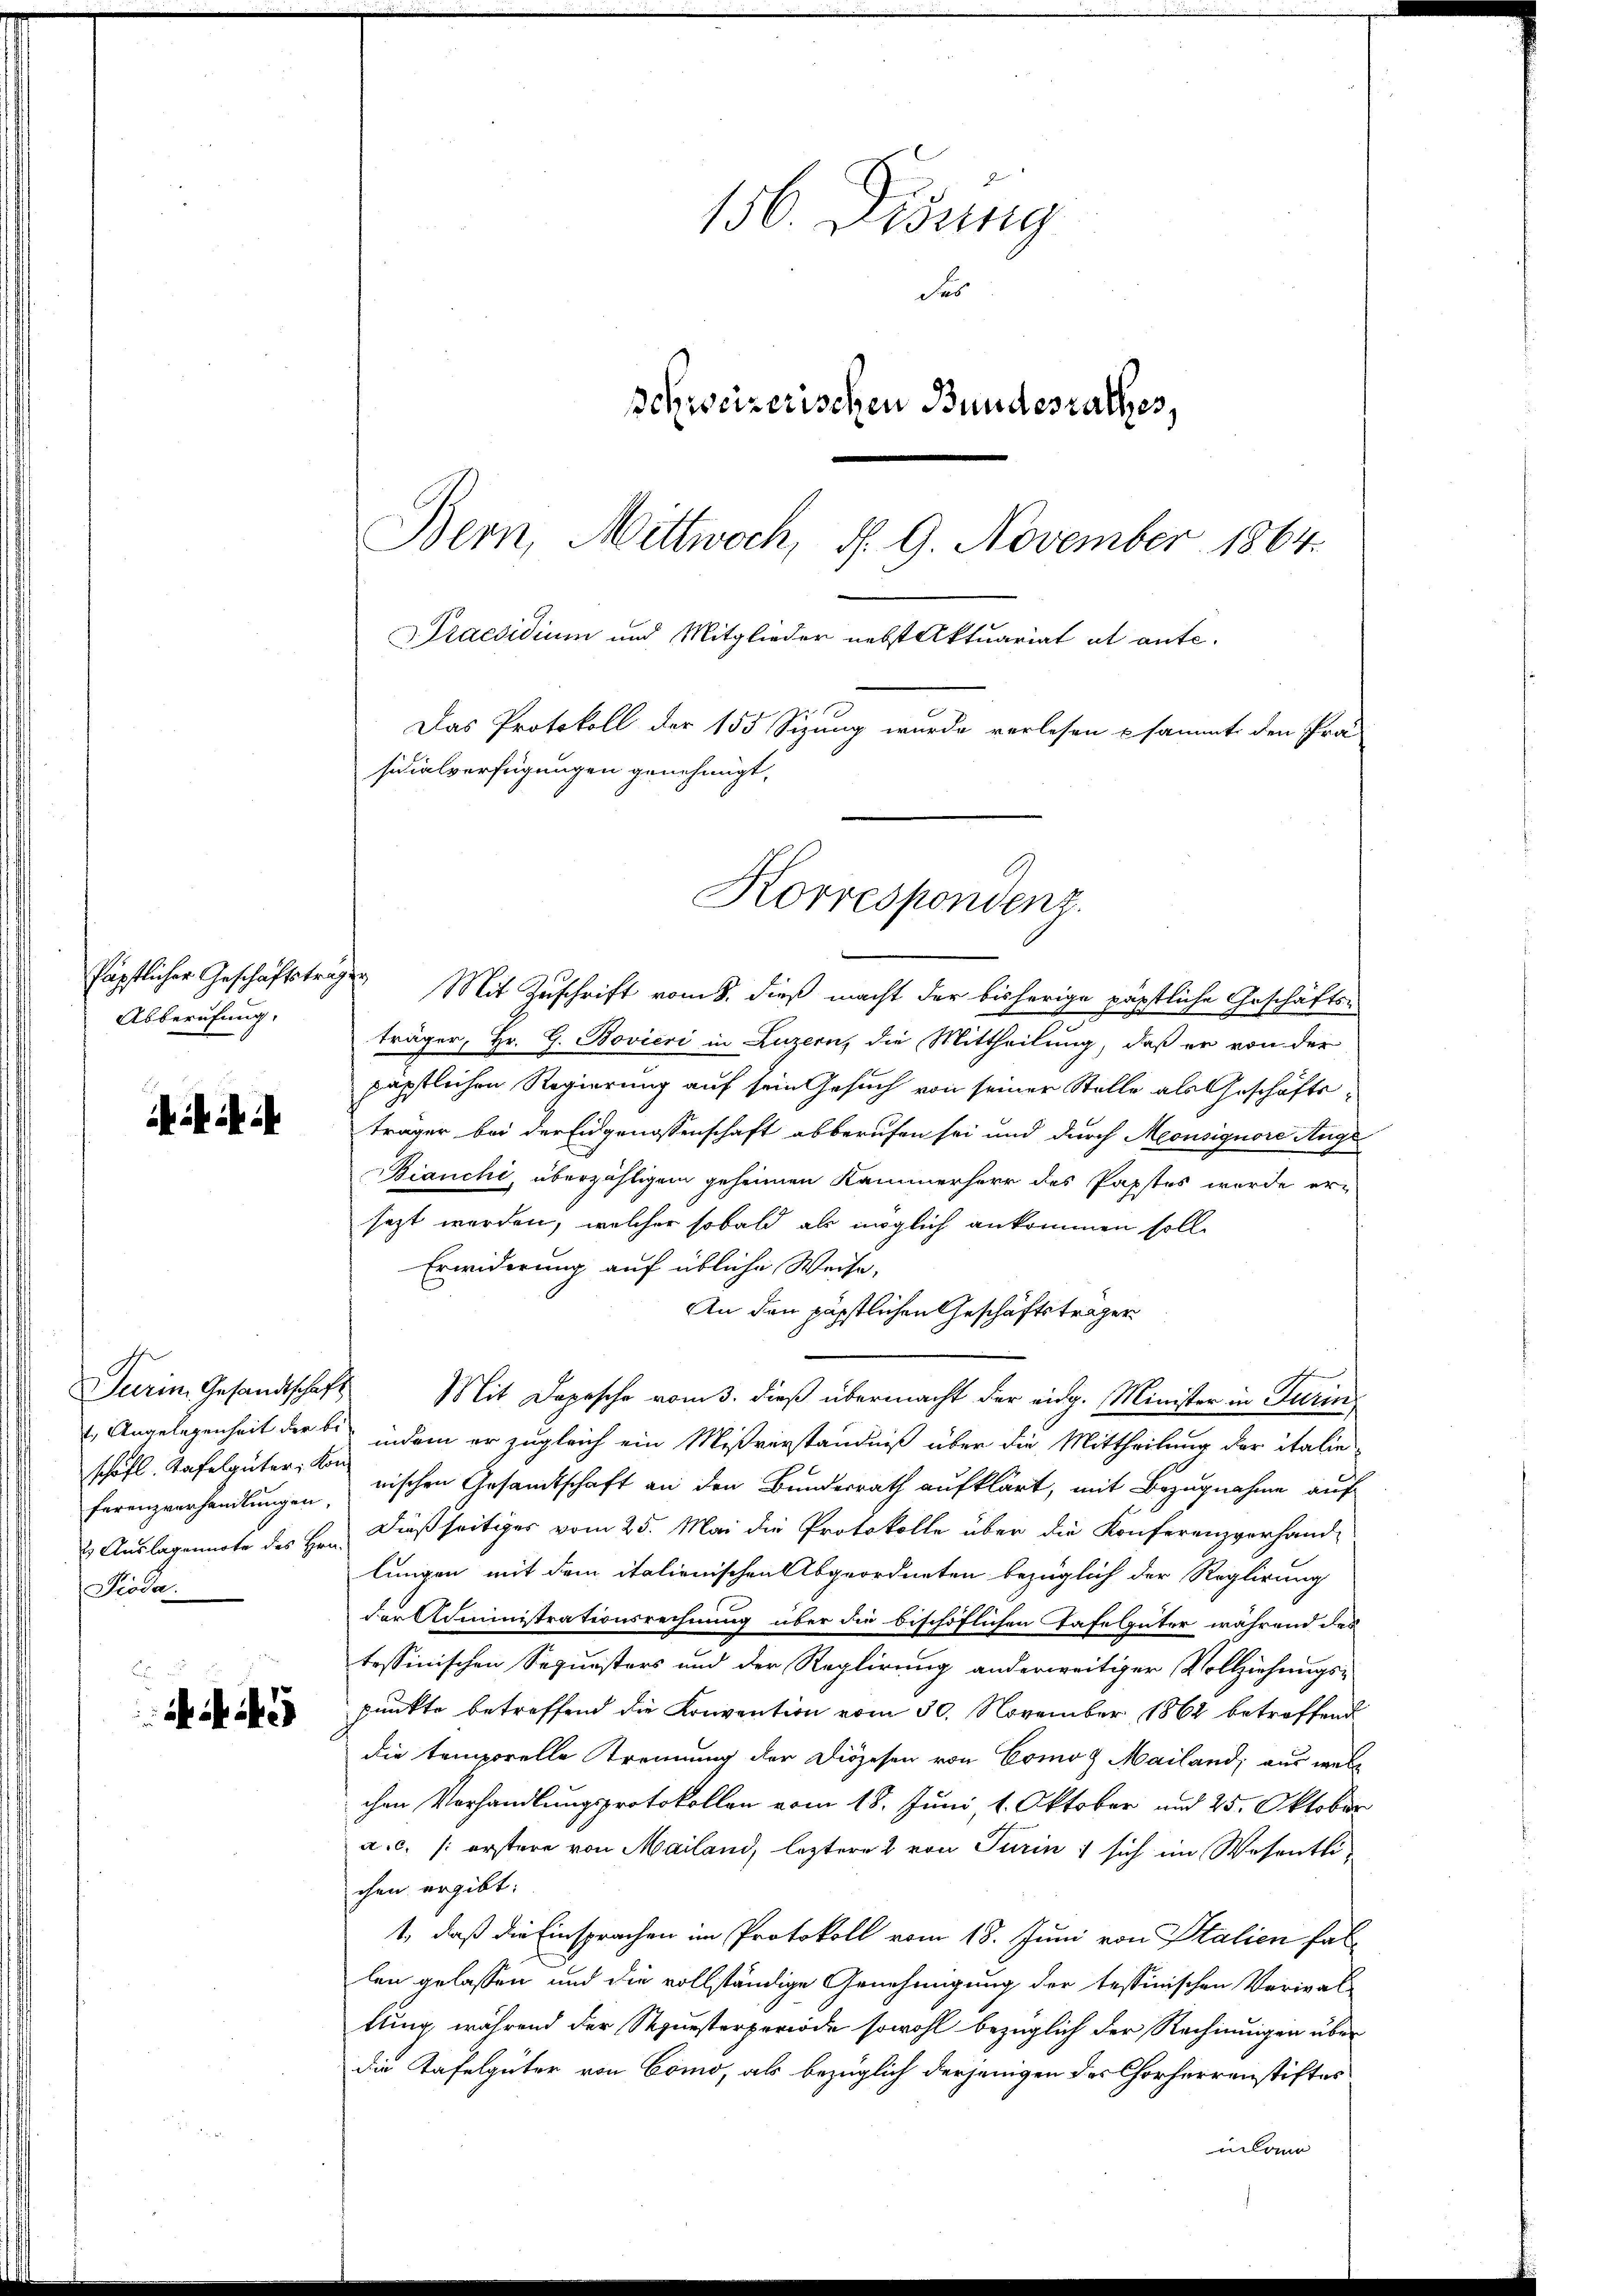
Abberufung.

ihil i

Turin, Gesandtschaft
schäft. Tafelgüter, Kon¬
Pioda.

4

156. Disung
des
schweizerischen Bundesrathes,
Bern, Mittwoch, d. 9. November 1864.
Praesidium und Mitglieder nebst Aktuariat et ante¬
Das Protokoll der 155 Sizung wurde verlesen u sammt den Prä
sicialverfügungen genehmigt,

Korrespondenz.

Päpflicher Geschäftstragen Mit Zuschrift vom 8. dieß macht der bisherige päpstliche Geschäfts-
träger, Hr. G. Bovieri in Luzern, die Mittheilung, daß er von der
päpstlichen Regierung auf sein Gesuch von seiner Stelle als Geschäfts-
träger bei der Eidgenossenschaft abberufen sei und durch Meonsignore Auge
Bianchi, überzähligem geheimen Kammerherr des Papstes wurde er-
sezt worden, welcher sobald als möglich ankommen soll
Erwiderung auf übliche Weise,
An den päpstlichen Geschäftsträger
b
Mit Depesche vom 3. dieß übermacht der eidg. Minister in Turin
 Angelegenheit der bis indem er zugleich ein Mißverständniß über die Mittheilung der italie
ferenzverhandlŭngen, nischen Gesandtschaft an den Bundesrath aufklärt, mit Bezugnahme auf
 Auslagennote des Hrn. Dießseitiges vom 25. Mai die Protokolle über die Konferenzverhand-
lungen mit dem italienischen Abgeordneten bezüglich der Reglirung
der Administrationsrechnung über die bischöflichen Gase Güter während des
tessinischen Sequesters und der Reglirung anderweitiger Vollziehungs-
punkte betreffend die Konvention vom 30. November 1862 betreffend
die temporelle Trennung der Diözesen von Comoz Mailand, aus welc
chen Vorhandlungsprotokollen vom 18. Juni, 1. Oktober und 25. Oktober
a.c. (: erstere von Mailand, leztere 2 von Turin, sich im Wesentli
chen ergibt:
1., daß die Einsprachen im Protokoll vom 18. Juni von Italien fallen gelassen und die vollständige Genehmigung der tessinischen Verial-
tlung, während der Sequesterperiode sowohl bezüglich der Rechnungen über
die Tafelgüter von Como, als bezüglich derjenigen des Chorherrenstiftes
ulann